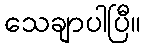
သေချာပါပြီ။